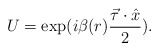
\begin{align*}U=\exp (i\beta (r)\frac{\vec{\tau}\cdot \hat{x}}{2}).\end{align*}